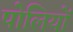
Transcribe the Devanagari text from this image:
पोलियों